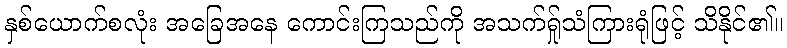
နှစ်ယောက်စလုံး အခြေအနေ ကောင်းကြသည်ကို အသက်ရ်ှုသံကြားရုံဖြင့် သိနိုင်၏။